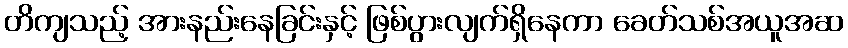
တိကျသည့် အားနည်းနေခြင်းနှင့် ဖြစ်ပွားလျက်ရှိနေကာ ခေတ်သစ်အယူအဆ